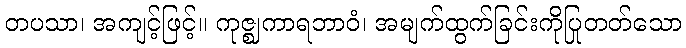
တပသာ၊ အကျင့်ဖြင့်။ ကုဇ္ဈကာရဘာဝံ၊ အမျက်ထွက်ခြင်းကိုပြုတတ်သော